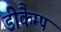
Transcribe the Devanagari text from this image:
डीकैम्प